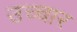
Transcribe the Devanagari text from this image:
उच्‍चार